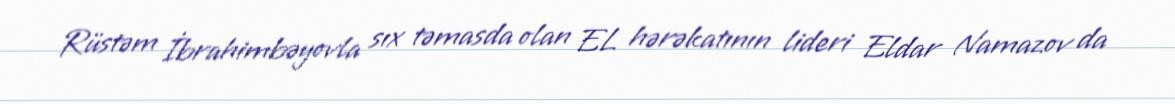
Rüstəm İbrahimbəyovla sıx təmasda olan EL hərəkatının lideri Eldar Namazov da